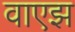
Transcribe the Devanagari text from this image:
वाएझ